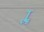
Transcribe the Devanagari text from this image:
र्‍ाॣ